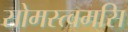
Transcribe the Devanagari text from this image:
सोमस्त्वमसि